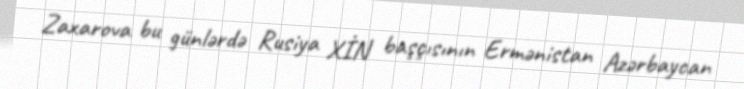
Zaxarova bu günlərdə Rusiya XİN başçısının Ermənistan Azərbaycan